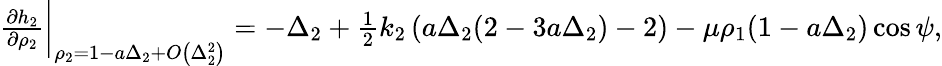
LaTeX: \begin{array}{r}{\frac{\partial h_{2}}{\partial\rho_{2}}\bigg\rvert_{\rho_{2}=1-a\Delta_{2}+O\left(\Delta_{2}^{2}\right)}=-\Delta_{2}+\frac{1}{2}k_{2}\left(a\Delta_{2}(2-3a\Delta_{2})-2\right)-\mu\rho_{1}(1-a\Delta_{2})\cos{\psi},}\end{array}